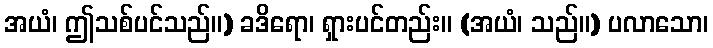
အယံ၊ ဤသစ်ပင်သည်။) ခဒိရော၊ ရှားပင်တည်း။ (အယံ၊ သည်။) ပလာသော၊